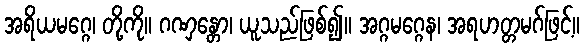
အရိယမဂ္ဂေ၊ တို့ကို။ ဂဏှန္တော၊ ယူသည်ဖြစ်၍။ အဂ္ဂမဂ္ဂေန၊ အရဟတ္တမဂ်ဖြင့်။